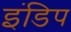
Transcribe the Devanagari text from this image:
इंडिप